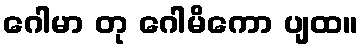
ဂေါမာ တု ဂေါမိကော ပျထ။